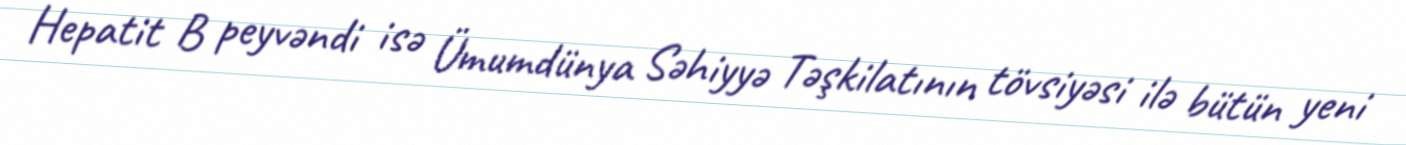
Hepatit B peyvəndi isə Ümumdünya Səhiyyə Təşkilatının tövsiyəsi ilə bütün yeni